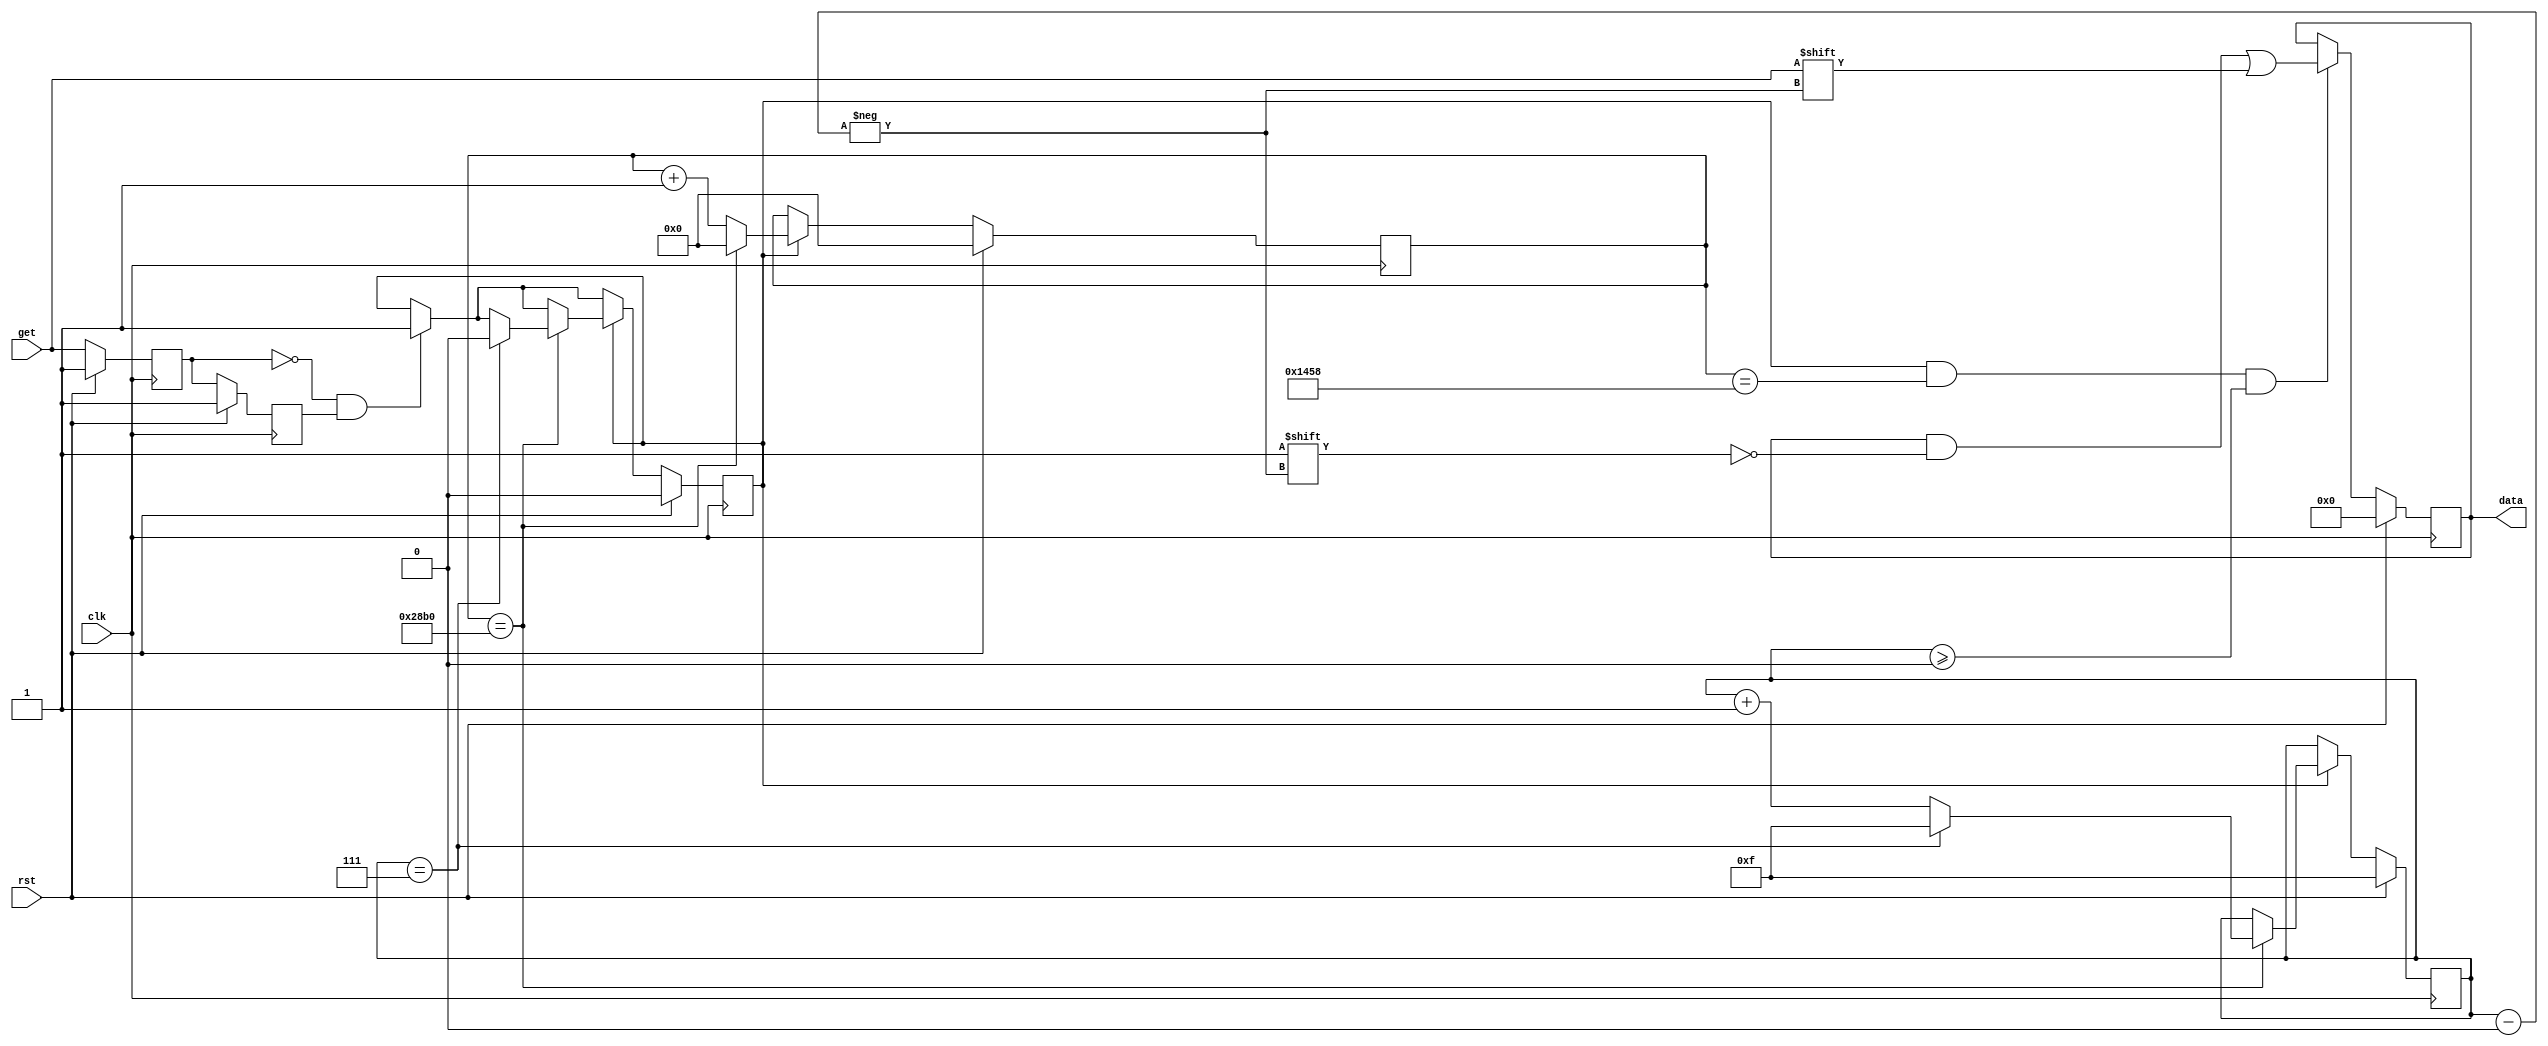
module bluetooth(
    input clk, // system clock
    input rst, // reset
    input get, // TXD
    output reg [7:0] data // bluetooth output
);

parameter baudParam = 10417; // corresponds to 9600 baudrate
reg buffer1 = 1; // use two buffers to detect the start of new data
reg buffer2 = 1;
wire cycle_en; // enable a cycle
reg data_en; // enable data reading and clock dividing
reg [14:0] baudCount; // counter to divide clock
reg [3:0] dataPos; // position to write new bit

assign cycle_en = ~buffer1 & buffer2; // always detecting

always@(posedge clk)
begin
    if(rst)
    begin
        buffer1<=1; // initial values
        buffer2<=1;
        data_en<=0;
        baudCount<=0;
        dataPos<=4'b1111;
        data<=0;
    end
    else
    begin
        buffer1<=get;
        buffer2<=buffer1; 

        if(cycle_en)
            data_en<=1;
        
        if(data_en)
        begin
            if(baudCount == baudParam - 1)
            begin
                baudCount<=0;
                if(dataPos == 7)
                begin
                    dataPos<=4'b1111; // -1
                    data_en<=0;
                end
                else
                    dataPos<=dataPos+1;
            end
            else
            begin
               baudCount<=baudCount+1; 
            end
        end

        if(data_en && baudCount == baudParam/2 && dataPos>=0)
        begin
            data[dataPos]<=get; // get data in the middle
        end
    end
end
endmodule